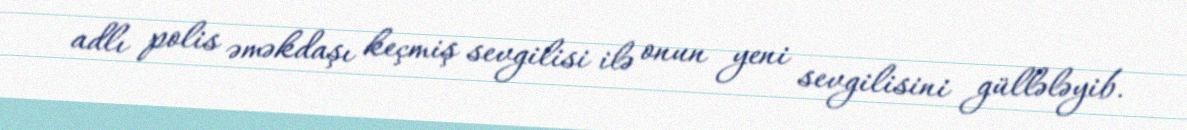
adlı polis əməkdaşı keçmiş sevgilisi ilə onun yeni sevgilisini güllələyib.